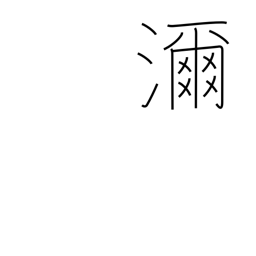
Meaning: much